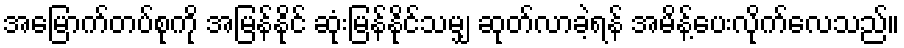
အမြောက်တပ်စုကို အမြန်နိုင် ဆုံးမြန်နိုင်သမျှ ဆုတ်လာခဲ့ရန် အမိန့်ပေးလိုက်လေသည်။